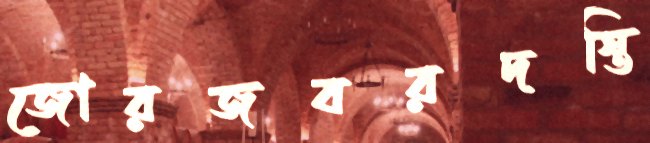
জোরজবরদস্তি